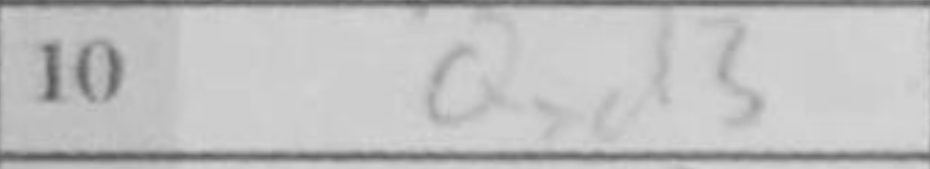
Transcription: Qxd3